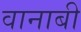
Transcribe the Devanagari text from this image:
वानाबी